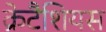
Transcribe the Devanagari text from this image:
क्रेटैशियस